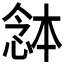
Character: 𭝯